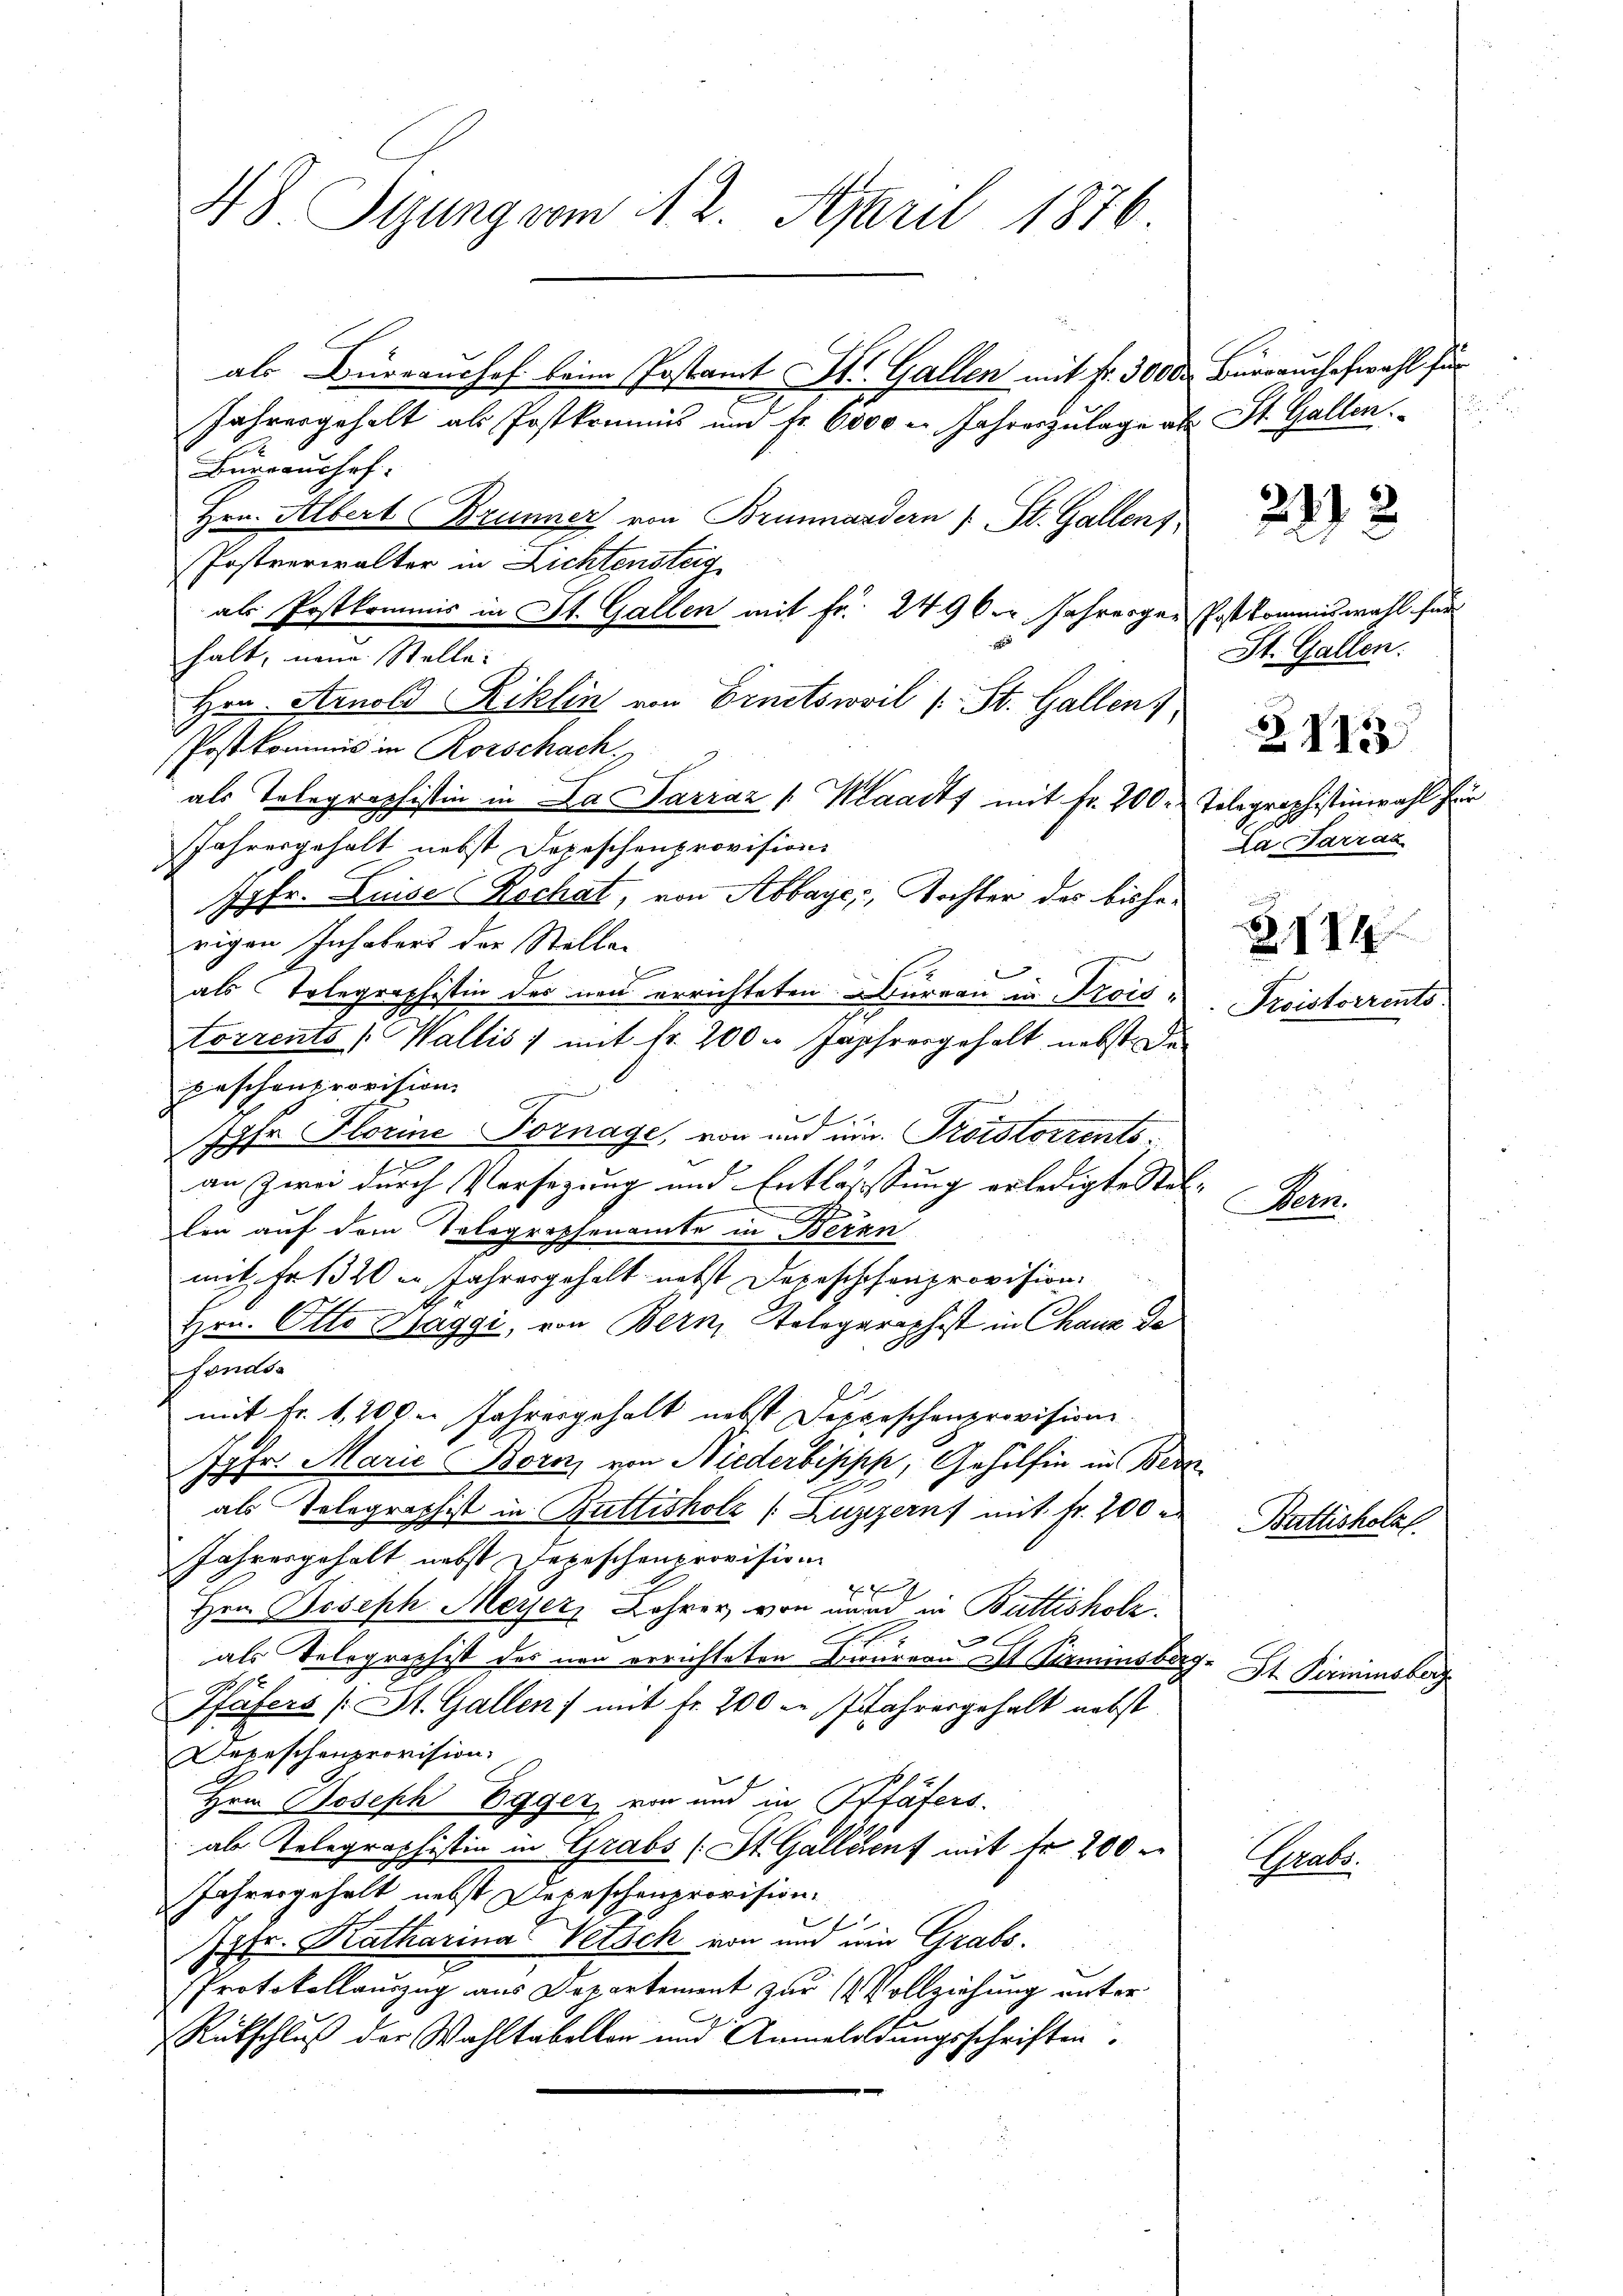
48 Sizung vom 11. 2. April 1876.

als Büreaushof beim Postamt St. Gallen mit Fr. 300 der Büroaushofwahl für
Jahresgehalt als Postkommnis und Fr. 6000 u. Jahreszulage als St. Gallen.
Bureaushof
Hrn. Albert Brunner von Brunnandern St. Gallens
Postverwalter in Lichtenstag
als Postkommis in St. Gallen mit Fr. 249 0er Jahrerger Post kommiswahl für
halt, neue Stelle:
Hrn. Arnold Riklin von Ernetsweil (St. Gallens
PPostkommis in Rorschach.
als Telegraphistin in La Parraz /: Waadt mit Fr. 200. Tolographistinwahl für
Jahresgehalt nebst Depeschenprovisions
Jgfr. Luise Rechat, von Abbaye, Tochter des bisherigen Inhabers der Stellen
als Telegraphistin des neu errichteten Bureau in Kreistorrents (Wallis :/ mit Nr. 2000 Jahrergehalt nebst de
paschenprovision
Jgfr. Florine Fornage, von und um Troistorrents¬
I
an zwei durch Versezung und Entlassung erledigte Stel- |
len auf dem Telegraphenamte in Bernn
mit Fr. 1320er Jahresgehalt nebst Depeschosenprovision.
Hrn. Otto Haggi, von Bern, Telegraphist in Chauz de
fonds¬
1
mit Fr. 1, 200 Jahresgehalt nebst Seppischenprovision.
Jgfr. Marie Borar von Niederbisipp, Gehülfen in Bern
als Telegraphist in Buttisholz (Luzern) mit Fr. 200
Jahresgehalt nebst Depeschenprovision
2
Hrn. Joseph Meyer, Lehrer, von mand in Buttisholz
als Telegraphist des neu errichteten Bureau ist Pirminsberg.
Pfäfers (St. Gallen) mit Fr. 200 in Jahresgehalt nebst
Depeschenprovision.
Hrn Joseph Egger, von und in Pfäfers.
ab Telegraphistin in Grabs (St. Gallenf mit Fr. 200
Jahresgehalt nebst Depeschenprovision.
Jgfr. Katharina Petsch von und ein Grabs¬
Protokollauszug aus Departement zur Vollziehung unter
Rütschluß der Wahltabellon und Anmeloldungsschriften.

2112

St. Gallen.

Da Garras

2114

Proistorrent

XII

Bern.

Battisholz

St. Pirminsb

Henke.